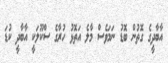
އާބާދީގެ ގޮތުން ބޮޑު ނަމަވެސް މާލެ އަތޮޅު ހުރާގެ ސްކޫލަކީ އާބާދީ ކުޑަ